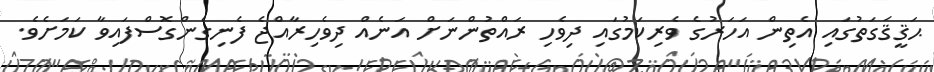
ޙަޤީޤަގަތުގައި އެތިން އަހަރުގެ ވެރިކަމުގައި ދިވެހި ރައްތުންނަށް އަނެއް ދިވެހިރާއްޖެ ފެނިގެންގޮސްފައިވާ ކަމަށެވެ.